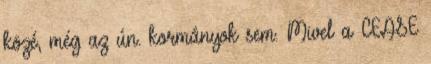
közé, még az ún. kormányok sem. Mivel a CEASE